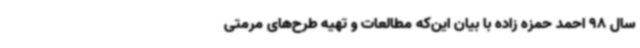
سال 98 احمد حمزه زاده با بیان این‌که مطالعات و تهیه طرح‌های مرمتی